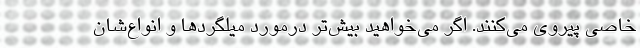
خاصی پیروی می‌کنند. اگر می‌خواهید بیش‌تر درمورد میلگردها و انواع‌شان